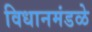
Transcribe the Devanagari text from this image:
विधानमंडळे